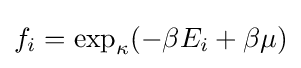
f_{i}=\exp _{\kappa }(-\beta E_{i}+\beta \mu )